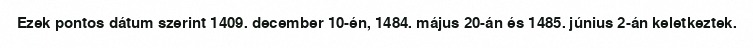
Ezek pontos dátum szerint 1409. december 10-én, 1484. május 20-án és 1485. június 2-án keletkeztek.